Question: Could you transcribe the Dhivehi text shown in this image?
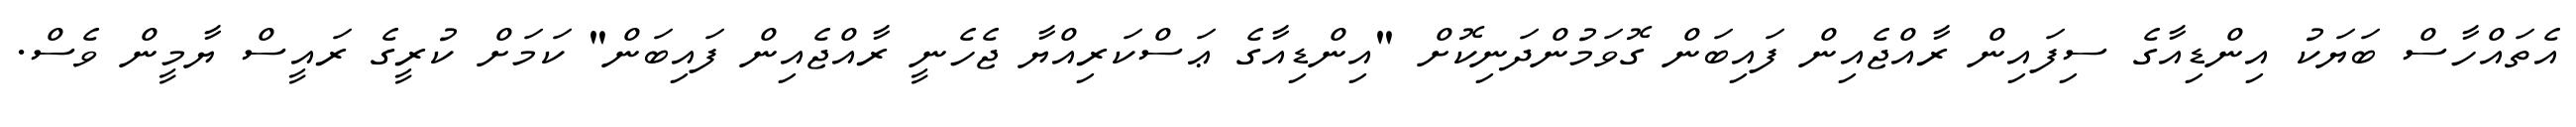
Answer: އެތައްހާސް ބަޔަކު އިންޑިއާގެ ސިފައިން ރާއްޖެއިން ފައިބަން ގޮވަމުންދަނިކޮށް "އިންޑިއާގެ ޢަސްކަރިއްޔާ ޖެހެނީ ރާއްޖެއިން ފައިބަން" ކަމަށް ކުރީގެ ރައީސް ޔާމީން ވެސް.